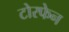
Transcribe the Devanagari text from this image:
टोरफेन